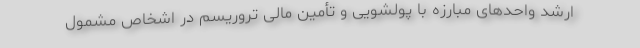
ارشد واحدهای مبارزه با پولشویی و تأمین مالی تروریسم در اشخاص مشمول